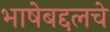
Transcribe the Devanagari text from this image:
भाषेबद्दलचे